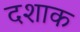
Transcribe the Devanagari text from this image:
दशाक